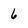
Character: 6